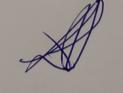
Signature authenticity: genuine